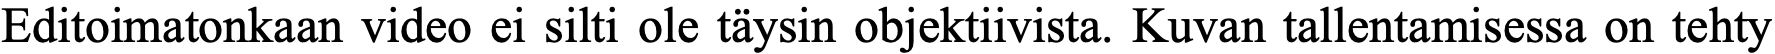
Editoimatonkaan video ei silti ole täysin objektiivista. Kuvan tallentamisessa on tehty